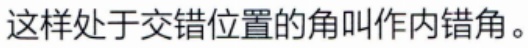
这样处于交错位置的角叫作内错角。